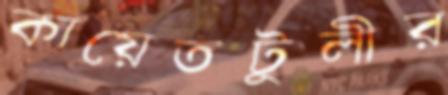
কায়েতটুলীর